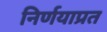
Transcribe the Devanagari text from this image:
निर्णयाप्रत